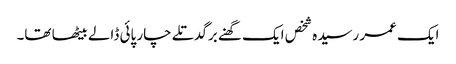
ایک عمر رسیدہ شخص ایک گھنے برگدتلے چار پائی ڈالے بیٹھا تھا۔